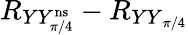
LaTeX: R_{YY_{\pi/4}^{\mathrm{ns}}}-R_{{YY}_{\pi/4}}